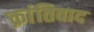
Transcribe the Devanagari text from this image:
क्रांतिवाद